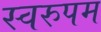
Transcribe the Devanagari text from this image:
स्वरुपम